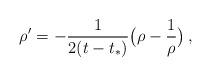
LaTeX: \begin{align*}\rho' = -\frac{1}{2(t-t_*)} \bigl(\rho-\frac 1\rho\bigr) \,,\end{align*}